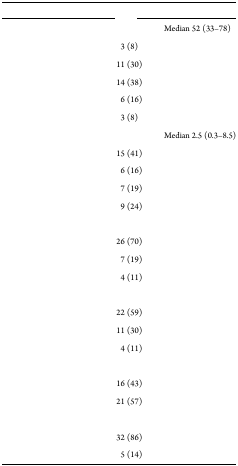
<table><thead><tr><td>[EMPTY_CELL]</td><td>[EMPTY_CELL]</td><td>[EMPTY_CELL]</td></tr></thead><tbody><tr><td>[EMPTY_CELL]</td><td>[EMPTY_CELL]</td><td>Median 52 (33–78)</td></tr><tr><td>[EMPTY_CELL]</td><td>3 (8)</td><td>[EMPTY_CELL]</td></tr><tr><td>[EMPTY_CELL]</td><td>11 (30)</td><td>[EMPTY_CELL]</td></tr><tr><td>[EMPTY_CELL]</td><td>14 (38)</td><td>[EMPTY_CELL]</td></tr><tr><td>[EMPTY_CELL]</td><td>6 (16)</td><td>[EMPTY_CELL]</td></tr><tr><td>[EMPTY_CELL]</td><td>3 (8)</td><td>[EMPTY_CELL]</td></tr><tr><td>[EMPTY_CELL]</td><td>[EMPTY_CELL]</td><td>Median 2.5 (0.3–8.5)</td></tr><tr><td>[EMPTY_CELL]</td><td>15 (41)</td><td>[EMPTY_CELL]</td></tr><tr><td>[EMPTY_CELL]</td><td>6 (16)</td><td>[EMPTY_CELL]</td></tr><tr><td>[EMPTY_CELL]</td><td>7 (19)</td><td>[EMPTY_CELL]</td></tr><tr><td>[EMPTY_CELL]</td><td>9 (24)</td><td>[EMPTY_CELL]</td></tr><tr><td>[EMPTY_CELL]</td><td>[EMPTY_CELL]</td><td>[EMPTY_CELL]</td></tr><tr><td>[EMPTY_CELL]</td><td>26 (70)</td><td>[EMPTY_CELL]</td></tr><tr><td>[EMPTY_CELL]</td><td>7 (19)</td><td>[EMPTY_CELL]</td></tr><tr><td>[EMPTY_CELL]</td><td>4 (11)</td><td>[EMPTY_CELL]</td></tr><tr><td>[EMPTY_CELL]</td><td>[EMPTY_CELL]</td><td>[EMPTY_CELL]</td></tr><tr><td>[EMPTY_CELL]</td><td>22 (59)</td><td>[EMPTY_CELL]</td></tr><tr><td>[EMPTY_CELL]</td><td>11 (30)</td><td>[EMPTY_CELL]</td></tr><tr><td>[EMPTY_CELL]</td><td>4 (11)</td><td>[EMPTY_CELL]</td></tr><tr><td>[EMPTY_CELL]</td><td>[EMPTY_CELL]</td><td>[EMPTY_CELL]</td></tr><tr><td>[EMPTY_CELL]</td><td>16 (43)</td><td>[EMPTY_CELL]</td></tr><tr><td>[EMPTY_CELL]</td><td>21 (57)</td><td>[EMPTY_CELL]</td></tr><tr><td>[EMPTY_CELL]</td><td>[EMPTY_CELL]</td><td>[EMPTY_CELL]</td></tr><tr><td>[EMPTY_CELL]</td><td>32 (86)</td><td>[EMPTY_CELL]</td></tr><tr><td>[EMPTY_CELL]</td><td>5 (14)</td><td>[EMPTY_CELL]</td></tr></tbody></table>